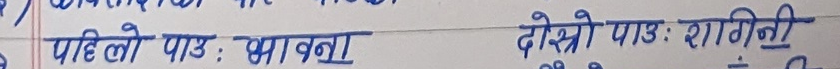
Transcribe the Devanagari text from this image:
पाहिलो पाउ: भावना दोस्रो पाउ: रागिनी